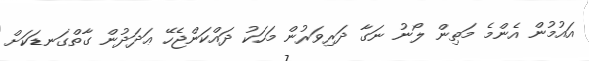
އައުމުން އެންމެ މަތިން ލޯނު ނަގާ ދަރިވަރުން މަހަކު ދައްކަންޖެހޭ ޢަދަދުން ގާތްގަނޑަކަށް